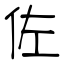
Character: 佐